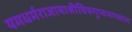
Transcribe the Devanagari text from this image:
यमधर्मराजायाश्रीचित्रगुप्तभगवान